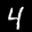
Label: 4